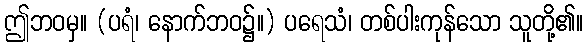
ဤဘဝမှ။ (ပရံ၊ နောက်ဘဝ၌။) ပရေသံ၊ တစ်ပါးကုန်သော သူတို့၏။